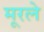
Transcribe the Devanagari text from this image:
मूरले